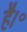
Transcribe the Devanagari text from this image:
है।॰